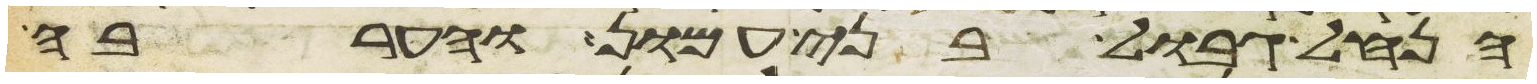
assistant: הנחל גבול בני עמון והערבה